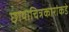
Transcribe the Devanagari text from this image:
छायाचित्रकारांकडे